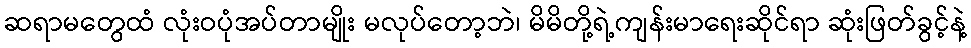
ဆရာမတွေထံ လုံးဝပုံအပ်တာမျိုး မလုပ်တော့ဘဲ၊ မိမိတို့ရဲ့ကျန်းမာရေးဆိုင်ရာ ဆုံးဖြတ်ခွင့်နဲ့